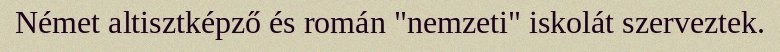
Német altisztképző és román "nemzeti" iskolát szerveztek.